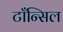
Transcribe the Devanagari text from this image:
टाँन्सिल